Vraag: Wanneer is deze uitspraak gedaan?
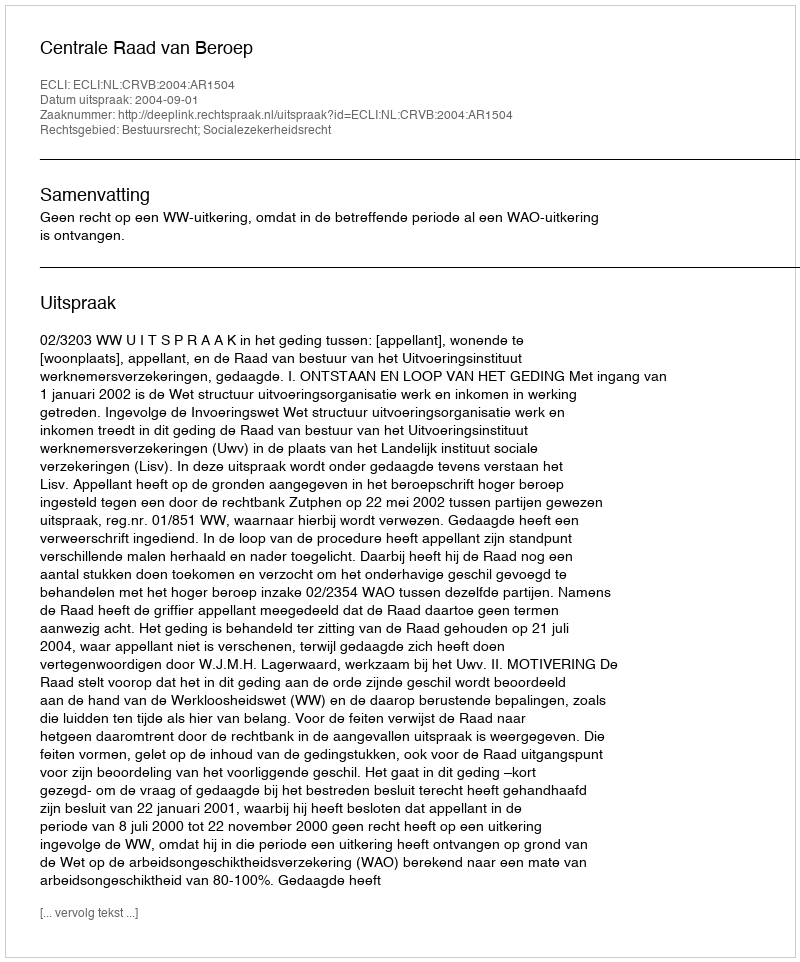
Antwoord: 2004-09-01